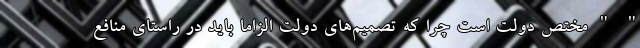
" " مختص دولت است چرا که تصمیم‌های دولت الزاما باید در راستای منافع